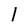
Character: l